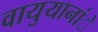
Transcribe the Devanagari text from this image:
वायुयानांे